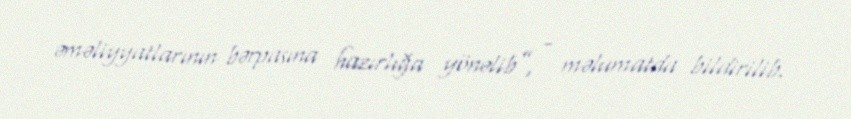
əməliyyatlarının bərpasına hazırlığa yönəlib”, - məlumatda bildirilib.